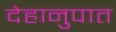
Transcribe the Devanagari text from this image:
देहानुपात